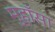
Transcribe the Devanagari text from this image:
मुहाँसा